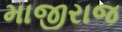
માજીરાજ